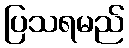
ပြသရမည်